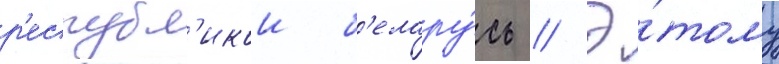
р'еспубл'икои б'елару́сь // Э́тому